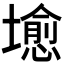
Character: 𪤣